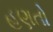
હણતો